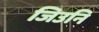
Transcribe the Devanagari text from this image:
जिउनि